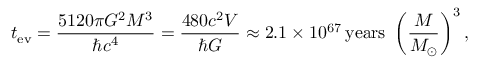
t _ { \mathrm { e v } } = { \frac { 5 1 2 0 \pi G ^ { 2 } M ^ { 3 } } { \hbar c ^ { 4 } } } = { \frac { 4 8 0 c ^ { 2 } V } { \hbar G } } \approx 2 . 1 \times 1 0 ^ { 6 7 } \, { \mathrm { y e a r s } } \ \left( { \frac { M } { M _ { \odot } } } \right) ^ { 3 } ,